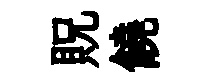
貺饒